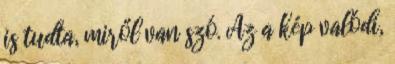
is tudta, miről van szó. Az a kép valódi,